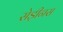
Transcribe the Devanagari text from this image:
सेड़ीनस